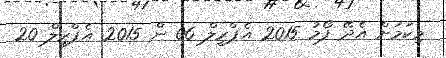
މިކަމަށް އެދޭ ފޯމު 2015 އެޕްރީލް 06 ން 2015 އެޕްރީލް 20